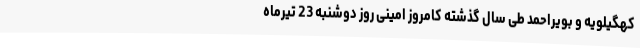
کهگیلویه و بویراحمد طی سال گذشته کامروز امینی روز دوشنبه 23 تیرماه